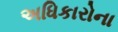
અધિકારોના